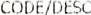
CODE/DESC